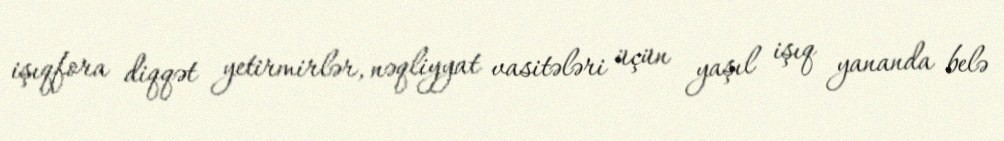
işıqfora diqqət yetirmirlər, nəqliyyat vasitələri üçün yaşıl işıq yananda belə